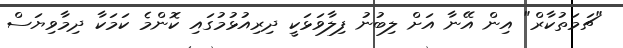
"ޗަމަތުކާރް" އިން އޭނާ އަށް ލިބުނު ފިލާވަޅަކީ ދިރިއުޅުމުގައި ކޮންމެ ކަމަކާ ދިމާވިޔަސް